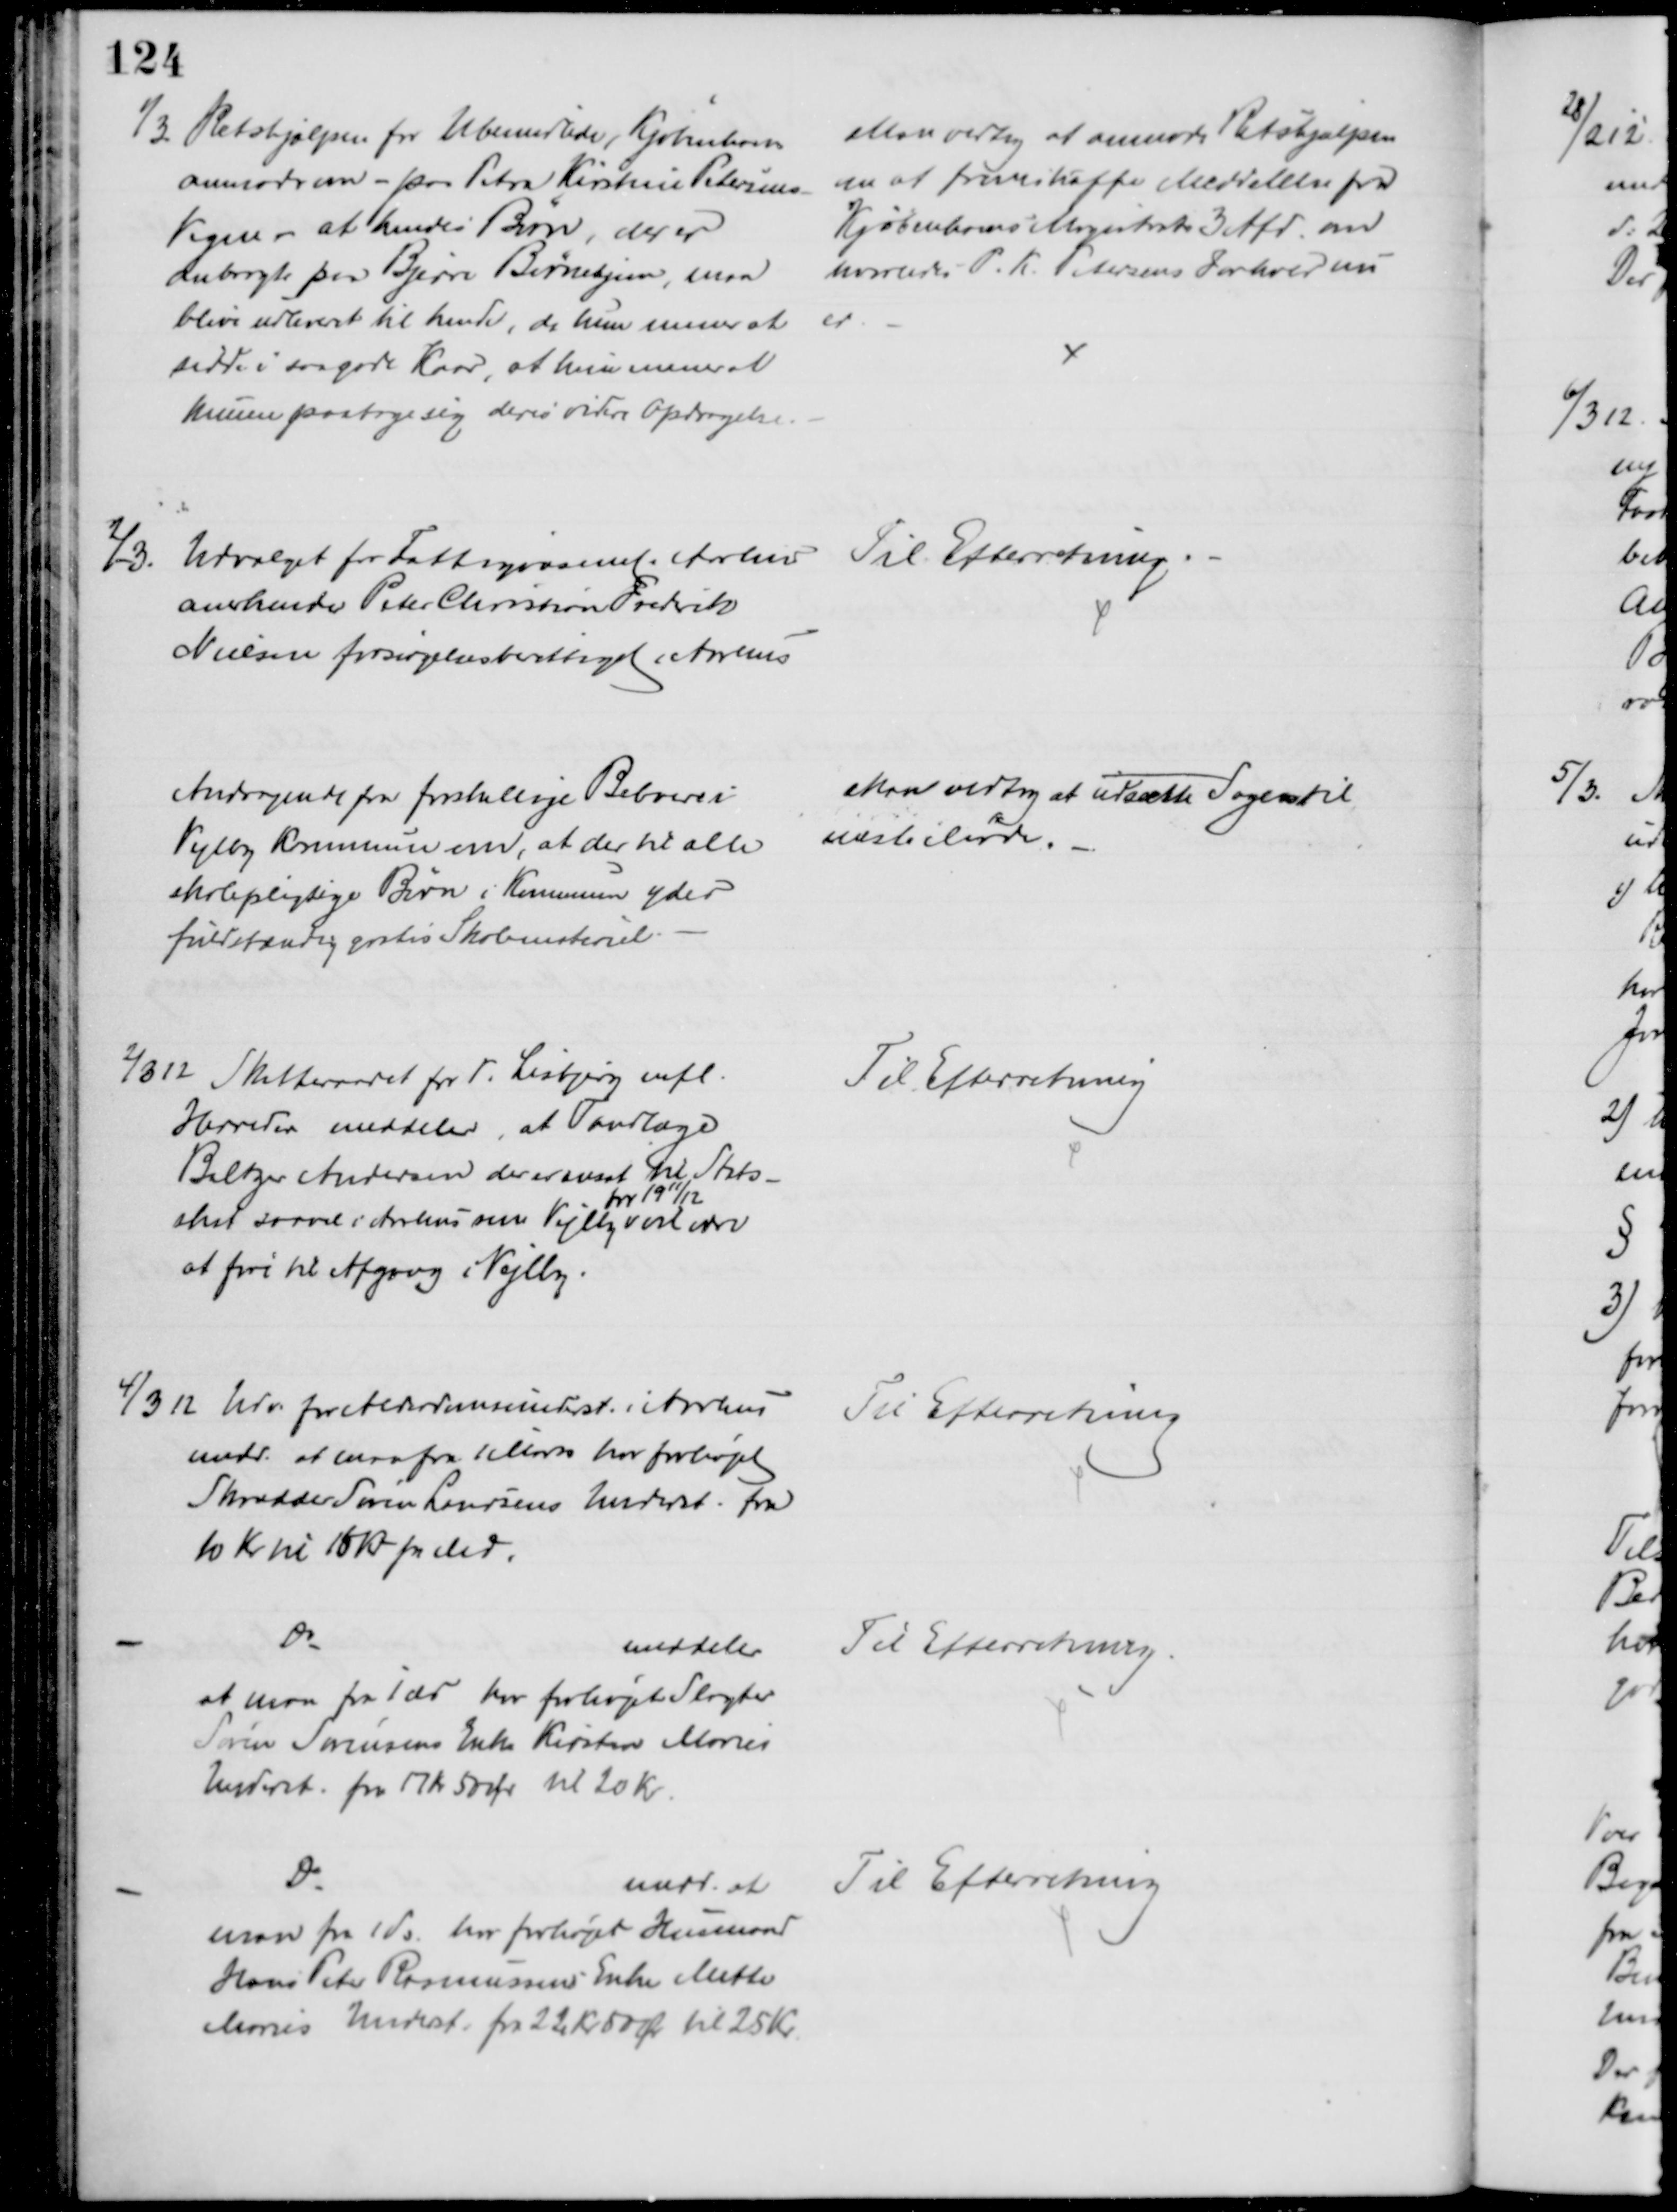
Transskription:
1/3. Retshjælpen for Ubemidlede, Kjøbenhavn
anmoder om - paa Petra Kirstine Petersens
Vegne - at hendes Børn, der er
anbragte paa Bjerre Børnehjem, maa
blive udleveret til hende, da hun mener at
sidde i saa gode Kaar, at hun mener at
kunne paatage sig deres videre Opdragelse.
Man vedtog at anmode Retshjælpen
om at fremskaffe Meddelelse fra
Kjøbenhavns Magistrats 3 Afd. om
hvorledes P. K. Petersens Forhold nu
er.
2/-3.
Udvalget for Fattigvæsenet i Aarhus
anerkender Peter Christian Frederik
Nielsen forsørgelsesberettiget i Aarhus
Til Efterretning.
Andragende fra forskellige Beboere i
Vejlby Kommune om, at der til alle 
skolepligtige Børn i Kommunen ydes
fuldstændig gratis Skolemateriel.
Man vedtog at udsætte Sagen til
næste Møde.
2/3 12
Skatteraadet for V. Lisbjerg mfl.
Herreder meddeler, at Tandlæge
Baltzer Andersen der er ansat til Stats-
skat saavel i Aarhus som Vejlby 
for 1911/12
vil være
at føre til Afgang i Vejlby.
Til Efterretning
4/3 12 Udv. for Alderdomsunderst. i Aarhus
medd. at man fra 1 Marts har forhøjet
Skrædder Søren Laursens Underst. fra
10 Kr til 15 Kr pr Md.
Til Efterretning
Do
meddeler
at man fra 1 ds har forhøjet Slagter
Søren Sørensens Enke Kirsten Marie
Underst. fra 17 Kr 50 Ør til 20 Kr.
Til Efterretning.
Do
medd. at
man fra 1 ds. har forhøjet Husmand
Hans Peter Rasmussens Enke Mette
Maries Underst. fra 22 Kr. 50 Ør til 25 Kr.
Til Efterretning